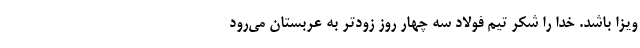
ویزا باشد. خدا را شکر تیم فولاد سه چهار روز زودتر به عربستان می‌رود